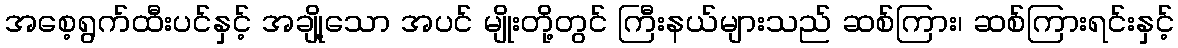
အစေ့ရွက်ထီးပင်နှင့် အချို့သော အပင် မျိုးတို့တွင် ကြီးနယ်များသည် ဆစ်ကြား၊ ဆစ်ကြားရင်းနှင့်